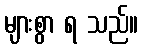
များစွာ ရ သည်။